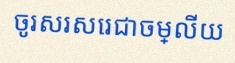
ចូរសរសេរជាចម្លើយ